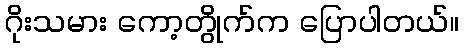
ဂိုးသမား ကော့တွိုက်က ပြောပါတယ်။